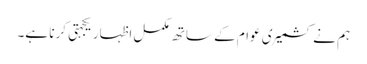
ہم نے کشمیری عوام کے ساتھ مکمل اظہار یکجہتی کرنا ہے۔